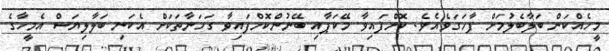
މީހެއްކަން ބަލާބެލުމަށް ފާހަގަވެއެވެ. ކޮށްފައިވާ މޭކަޕާއި ބޭނުންކޮށްފައިވާ ގަހަނާތަކަށް އެކަނި ބަލާލިޔަސް އެމީހާގެ